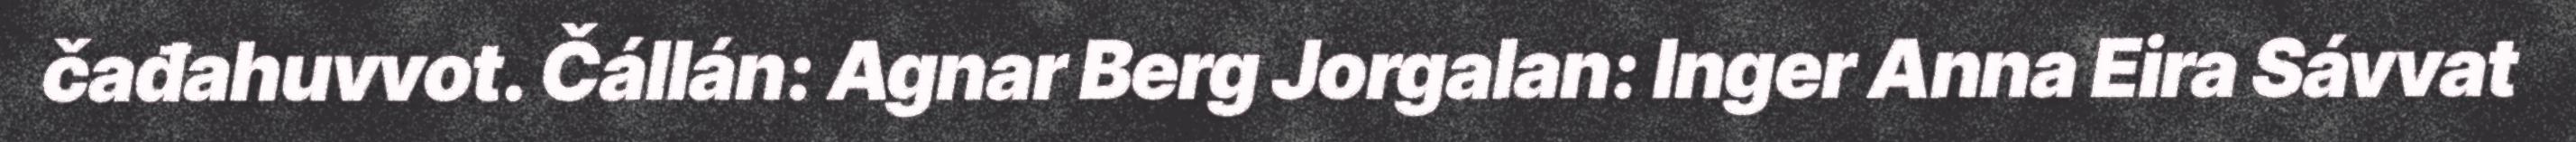
čađahuvvot. Čállán: Agnar Berg Jorgalan: Inger Anna Eira Sávvat